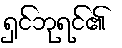
ရှင်ဘုရင်၏